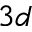
3 d